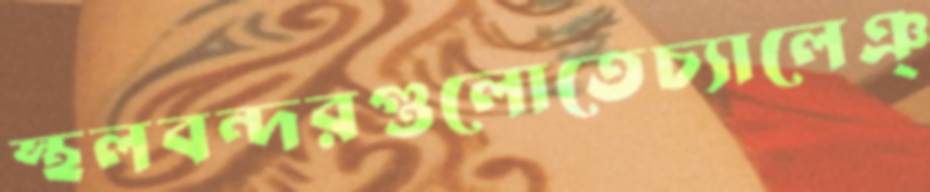
স্থলবন্দরগুলোতেচ্যালেঞ্